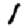
Digit: 1